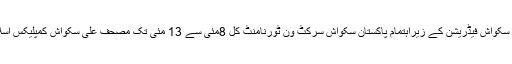
07 مئی2018ء) پاکستان سکواش فیڈریشن کے زیراہتمام پاکستان سکواش سرکٹ ون ٹورنامنٹ کل 8مئی سے 13 مئی تک مصحف علی سکواش کمپلیکس اسلام آباد میں کھیلا جائے گا۔